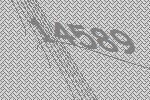
14589